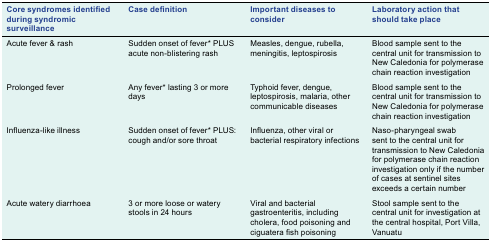
<table><thead><tr><td><b>Core syndromes identified during syndromic surveillance</b></td><td><b>Case definition</b></td><td><b>Important diseases to consider</b></td><td><b>Laboratory action that should take place</b></td></tr></thead><tbody><tr><td>Acute fever &amp; rash</td><td>Sudden onset of fever* PLUSacute non-blistering rash</td><td>Measles, dengue, rubella, meningitis, leptospirosis</td><td>Blood sample sent to the central unit for transmission to New Caledonia for polymerase chain reaction investigation</td></tr><tr><td>Prolonged fever</td><td>Any fever* lasting 3 or more days</td><td>Typhoid fever, dengue, leptospirosis, malaria, other communicable diseases</td><td>Blood sample sent to the central unit for transmission to New Caledonia for polymerase chain reaction investigation</td></tr><tr><td>Influenza-like illness</td><td>Sudden onset of fever* PLUS: cough and/or sore throat</td><td>Influenza, other viral or bacterial respiratory infections</td><td>Naso-pharyngeal swab sent to the central unit for transmission to New Caledonia for polymerase chain reaction investigation only if the number of cases at sentinel sites exceeds a certain number</td></tr><tr><td>Acute watery diarrhoea</td><td>3 or more loose or watery stools in 24 hours</td><td>Viral and bacterial gastroenteritis, including cholera, food poisoning and ciguatera fish poisoning</td><td>Stool sample sent to the central unit for investigation at the central hospital, Port Villa, Vanuatu</td></tr></tbody></table>